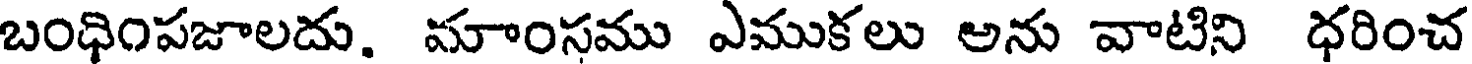
బంధింపజాలదు. మాంసము ఎముకలు అను వాటిని ధరించ